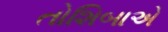
તોશિબાએ